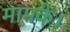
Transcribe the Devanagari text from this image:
मामके।